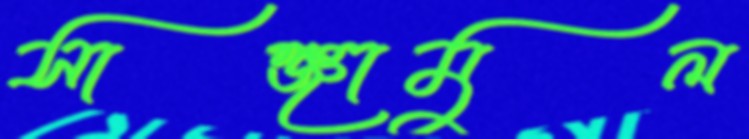
সাঞ্জামুল